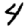
Digit: 4